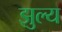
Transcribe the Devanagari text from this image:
झुल्य